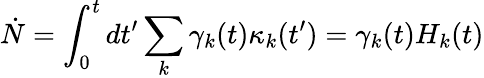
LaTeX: \dot{N}=\int_{0}^{t}dt^{\prime}\sum_{k}\gamma_{k}(t)\kappa_{k}(t^{\prime})=\gamma_{k}(t)H_{k}(t)